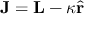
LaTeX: \mathbf { J } = \mathbf { L } - \kappa \hat { \mathbf { r } }